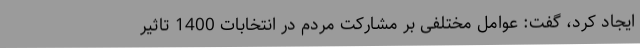
ایجاد کرد، گفت: عوامل مختلفی بر مشارکت مردم در انتخابات 1400 تاثیر